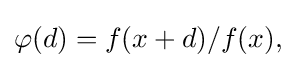
{\textstyle \varphi (d)=f(x+d)/f(x),}